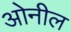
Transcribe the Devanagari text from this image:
ओनील